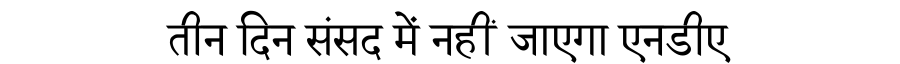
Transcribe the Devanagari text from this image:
तीन दिन संसद में नहीं जाएगा एनडीए